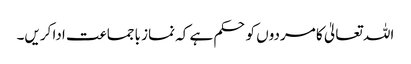
اللہ تعالیٰ کا مردوں کوحکم ہے کہ نماز باجماعت ادا کریں۔